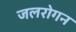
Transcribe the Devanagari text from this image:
जलरोगन